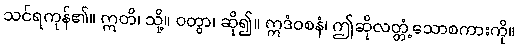
သင်ရကုန်၏။ ဣတိ၊ သို့။ ဝတွာ၊ ဆို၍။ ဣဒံဝစနံ၊ ဤဆိုလတ္တံ့သောစကားကို။